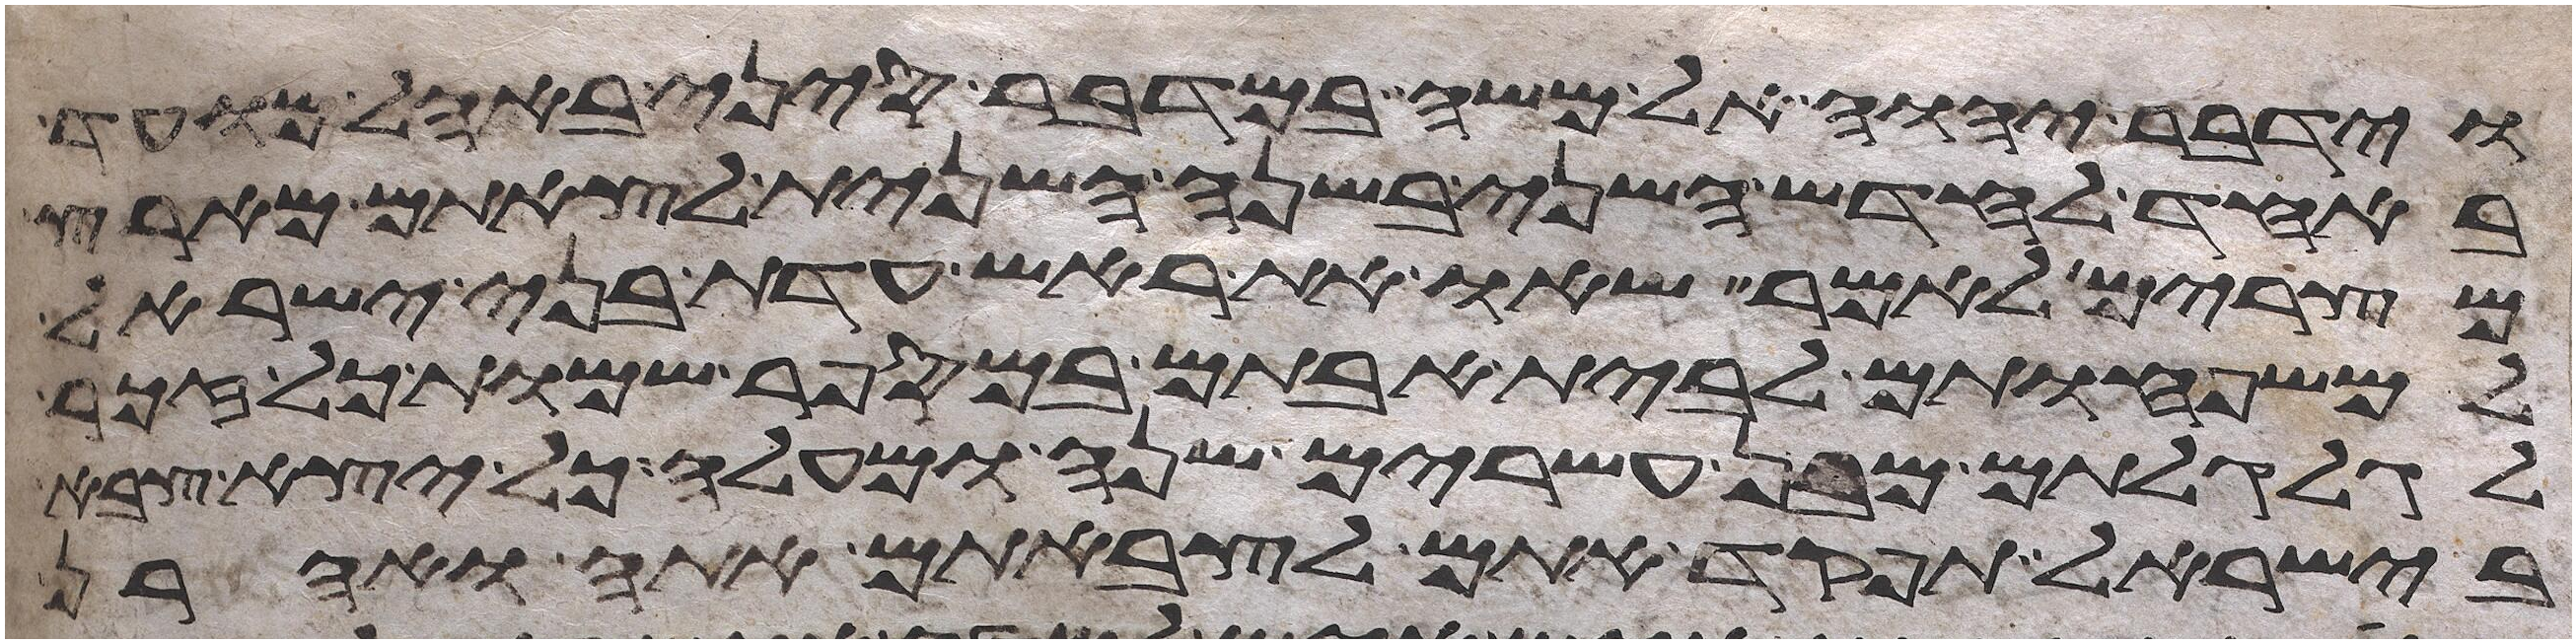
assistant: וידבר יהוה אל משה במדבר סיני באהל מועד
באחד לחדש השני בשנה השנית לצאתם מארץ
מצרים לאמר שאו את ראש עדת בני ישראל
למשפחותם לבית אבותם במספר שמות כל זכר
לגלגלתם מבן עשרים שנה ומעלה כל יצא צבא
בישראל תפקד אתם לצבאתם אתה ואהרן